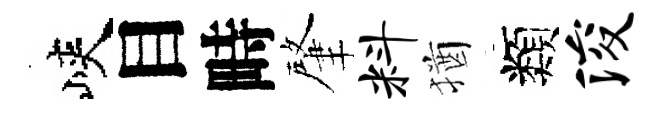
峽目畤肇料猶類浚